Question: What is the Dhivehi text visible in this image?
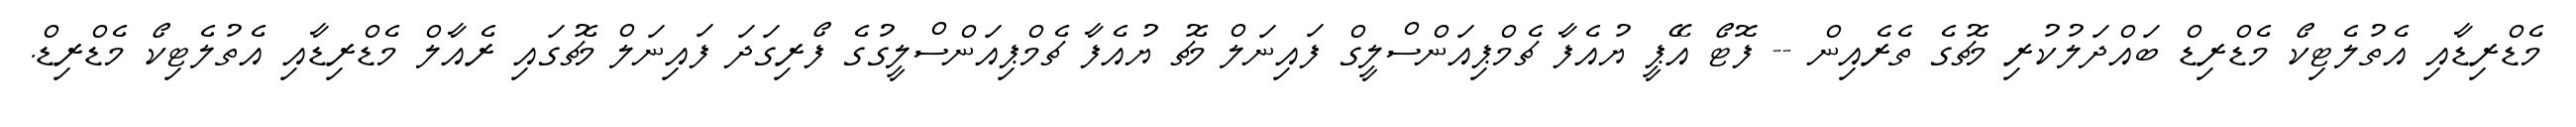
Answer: މެޑްރިޑާއި އެތުލެޓިކޯ މެޑްރިޑް ބައްދަލުކުރި މެޗުގެ ތެރެއިން -- ފޮޓޯ އޭޕީ ޔުއެފާ ޗެމްޕިއަންސްލީގް ފައިނަލް މެޗު ޔުއެފާ ޗެމްޕިއަންސްލީގުގެ ފޯރިގަދަ ފައިނަލް މެޗުގައި ރެއާލް މެޑްރިޑާއި އެތުލެޓިކޯ މެޑްރިޑް.